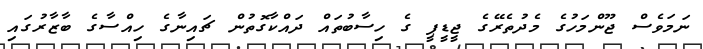
ނަމަވެސް ޖޫންމަހުގެ މެދުތެރޭގެ ޖީޑީޕީ ގެ ހިސާބުތައް ދައްކާގޮތުން ޗައިނާގެ ހިއްސާގެ ބާޒާރުގައި